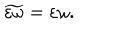
LaTeX: \widetilde { \varepsilon \omega } = \varepsilon \omega .